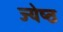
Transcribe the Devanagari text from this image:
ज्‍येष्‍ठ